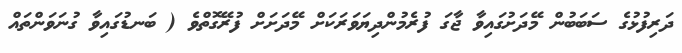
ދަރިފުޅުގެ ސަބަބުން މޭދަށުގައިވާ ޖާގަ ފުރެމުންދިޔަވަރަކަށް މޭދަށަށް ފުރޭގޮތްވެ ( ބަނޑުގައިވާ ގުނަވަންތައް